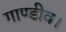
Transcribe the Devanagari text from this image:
गाण्डीव।